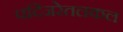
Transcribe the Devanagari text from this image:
पदिंजरेतलकल